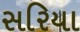
સરિયા